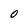
Character: O